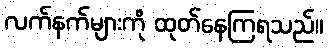
လက်နက်များကို ထုတ်နေကြရသည်။